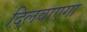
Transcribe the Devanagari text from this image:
दिलवाएगा